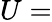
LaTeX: U=